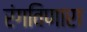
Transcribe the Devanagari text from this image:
रंगविणारा